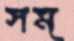
সম্